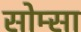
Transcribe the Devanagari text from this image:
सोम्सा